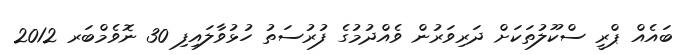
ބައެއް ޕްރީ ސްކޫލުތަކަށް ދަރިވަރުން ވެއްދުމުގެ ފުރުސަތު ހުޅުވާލައިފި 30 ނޮވެމްބަރ 2012